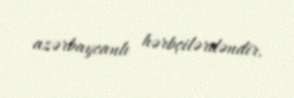
azərbaycanlı hərbçilərdəndir.